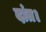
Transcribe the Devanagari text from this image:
दांत।